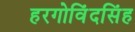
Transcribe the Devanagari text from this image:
हरगोविंदसिंह